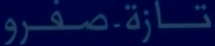
تازة-صفرو